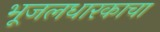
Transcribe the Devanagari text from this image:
भूजलधारकाचा